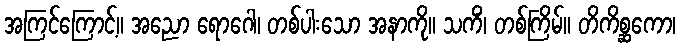
အကြင်ကြောင့်။ အညော ရောဂေါ၊ တစ်ပါးသော အနာကို။ သကိံ၊ တစ်ကြိမ်။ တိကိစ္ဆကော၊